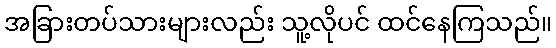
အခြားတပ်သားများလည်း သူ့လိုပင် ထင်နေကြသည်။